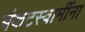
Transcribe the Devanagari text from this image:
बंकटस्वामींना